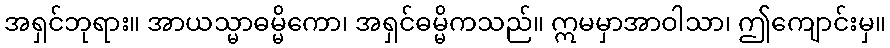
အရှင်ဘုရား။ အာယသ္မာဓမ္မိကော၊ အရှင်ဓမ္မိကသည်။ ဣမမှာအာဝါသာ၊ ဤကျောင်းမှ။